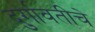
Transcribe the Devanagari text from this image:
दुर्गावतीचे